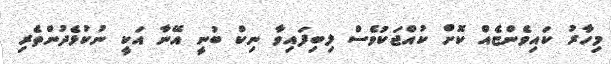
މިހާރު ކައިވެންޏެއް ކޮށް ކުއްޖަކުވެސް ލިބިފައިވާ ނިކް ބުނީ އޭނާ އަކީ ނުކުޅެދުންތެރި